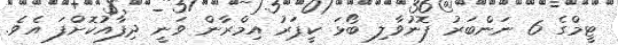
ޓީމްގެ 6 ނަންބަރު ފޮނުވާލި ބޯޅަ ކީޕަރު އިމްރާން ވަނީ ދިފާއުކޮށްފަ އެވެ.